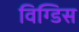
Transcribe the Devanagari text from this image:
विग्डिस